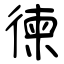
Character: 徚